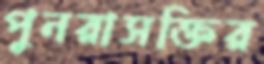
পুনরাসক্তির